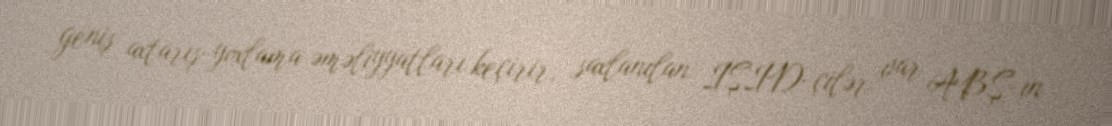
geniş axtarış-yoxlama əməliyyatları keçirir, saxlanılan İŞİD-çilər var ABŞ-ın